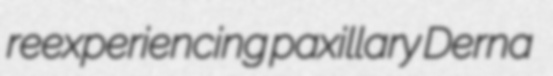
reexperiencing paxillary Derna